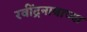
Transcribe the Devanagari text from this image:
रवींद्रनाथाच्या